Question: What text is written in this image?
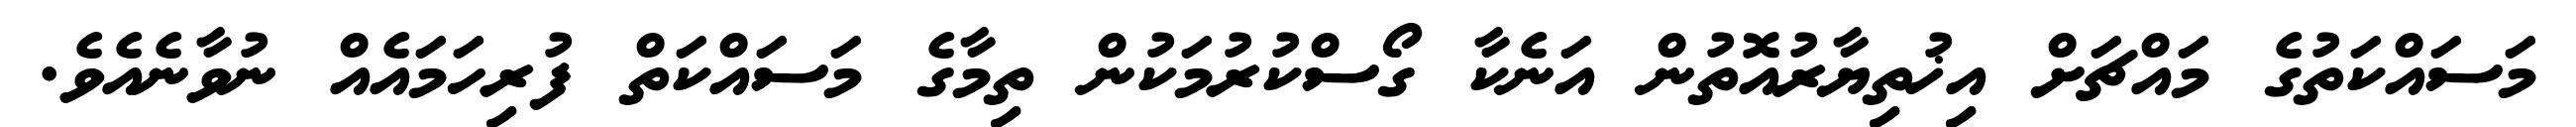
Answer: މަސައްކަތުގެ މައްޗަށް އިޚުތިޔާރުއޮތުން އަނެކާ ގޯސްކުރުމަކުން ތިމާގެ މަސައްކަތް ފުރިހަމައެއް ނުވާނެއެވެ.